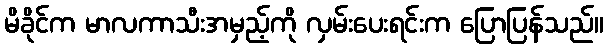
မိခိုင်က မာလကာသီးအမှည့်ကို လှမ်းပေးရင်းက ပြောပြန်သည်။